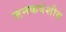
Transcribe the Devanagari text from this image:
जनकवंशीय